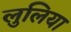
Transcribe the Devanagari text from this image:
लुलिया